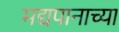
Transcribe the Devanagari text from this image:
मद्यपानाच्या